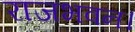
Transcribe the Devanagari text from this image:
राजभवन।